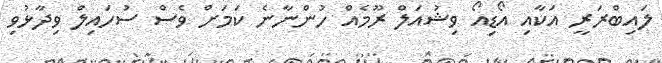
ލައިބްރަރީ އަކާއި އޯޑިއޯ ވިޝުއަލް ރޫމެއް ހުންނާނެ ކަމަށް ވެސް ސުހައިލް ވިދާޅުވި